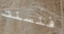
فنسنت